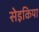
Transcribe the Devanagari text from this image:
सेइकिया